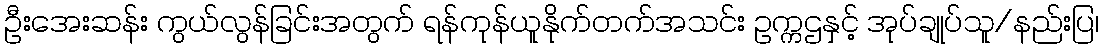
ဦးအေးဆန်း ကွယ်လွန်ခြင်းအတွက် ရန်ကုန်ယူနိုက်တက်အသင်း ဥက္ကဌနှင့် အုပ်ချုပ်သူ/နည်းပြ၊